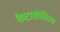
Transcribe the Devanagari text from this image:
कैटाबोलिज्म